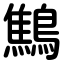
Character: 鷦